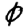
Digit: 0